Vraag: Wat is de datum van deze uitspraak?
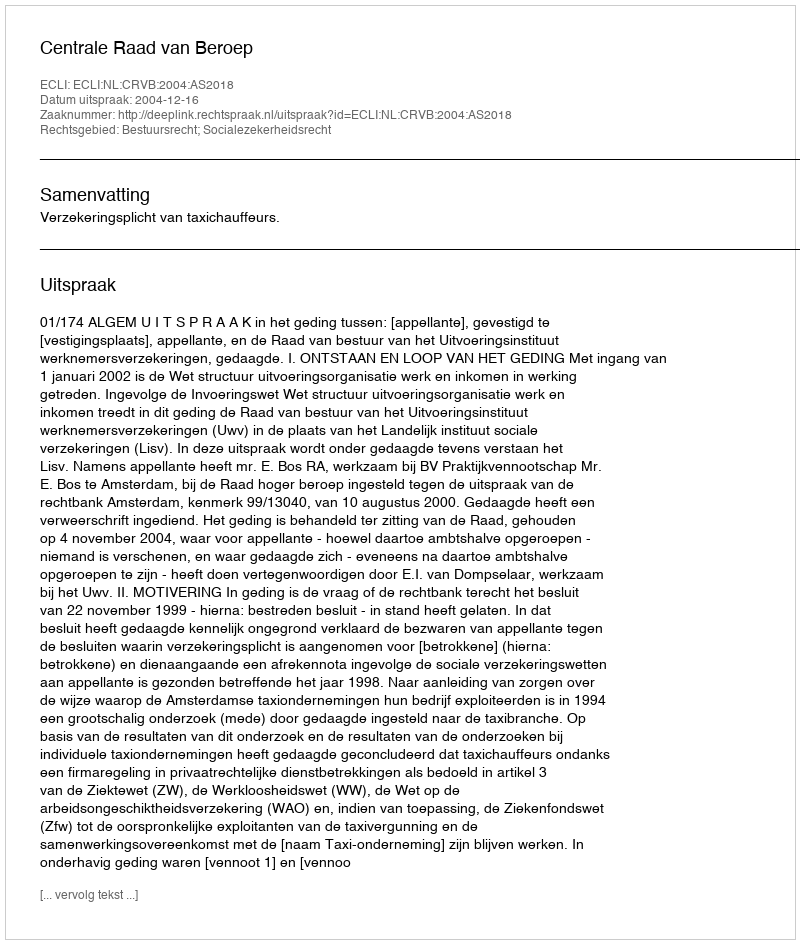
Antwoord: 2004-12-16